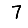
Digit: 7